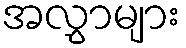
အလွှာများ